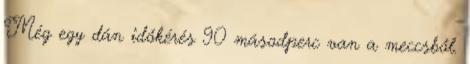
Még egy dán időkérés 90 másodperc van a meccsből.